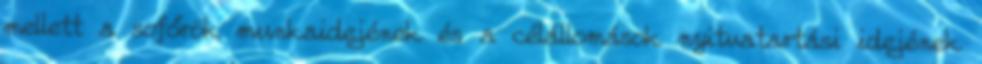
mellett a sofőrök munkaidejének és a célállomások nyitvatartási idejének